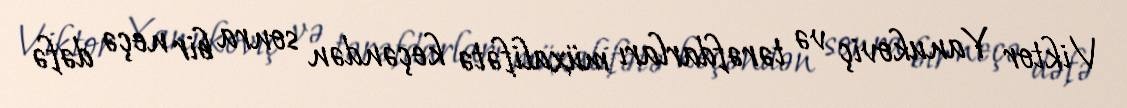
Viktor Yanukoviç və tərəfdarları müxalifətə keçəndən sonra bir neçə dəfə